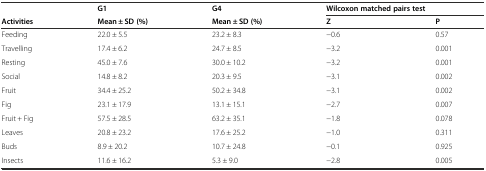
<table><thead><tr><td></td><td><b>G1</b></td><td><b>G4</b></td><td colspan="2"><b>Wilcoxon matched pairs test</b></td></tr><tr><td><b>Activities</b></td><td><b>Mean ± SD (%)</b></td><td><b>Mean ± SD (%)</b></td><td><b>Z</b></td><td><b>P</b></td></tr></thead><tbody><tr><td>Feeding</td><td>22.0 ± 5.5</td><td>23.2 ± 8.3</td><td>−0.6</td><td>0.57</td></tr><tr><td>Travelling</td><td>17.4 ± 6.2</td><td>24.7 ± 8.5</td><td>−3.2</td><td>0.001</td></tr><tr><td>Resting</td><td>45.0 ± 7.6</td><td>30.0 ± 10.2</td><td>−3.2</td><td>0.001</td></tr><tr><td>Social</td><td>14.8 ± 8.2</td><td>20.3 ± 9.5</td><td>−3.1</td><td>0.002</td></tr><tr><td>Fruit</td><td>34.4 ± 25.2</td><td>50.2 ± 34.8</td><td>−3.1</td><td>0.002</td></tr><tr><td>Fig</td><td>23.1 ± 17.9</td><td>13.1 ± 15.1</td><td>−2.7</td><td>0.007</td></tr><tr><td>Fruit + Fig</td><td>57.5 ± 28.5</td><td>63.2 ± 35.1</td><td>−1.8</td><td>0.078</td></tr><tr><td>Leaves</td><td>20.8 ± 23.2</td><td>17.6 ± 25.2</td><td>−1.0</td><td>0.311</td></tr><tr><td>Buds</td><td>8.9 ± 20.2</td><td>10.7 ± 24.8</td><td>−0.1</td><td>0.925</td></tr><tr><td>Insects</td><td>11.6 ± 16.2</td><td>5.3 ± 9.0</td><td>−2.8</td><td>0.005</td></tr></tbody></table>